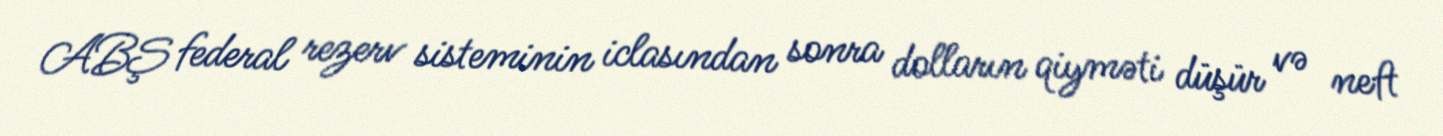
ABŞ federal rezerv sisteminin iclasından sonra dolların qiyməti düşür və neft